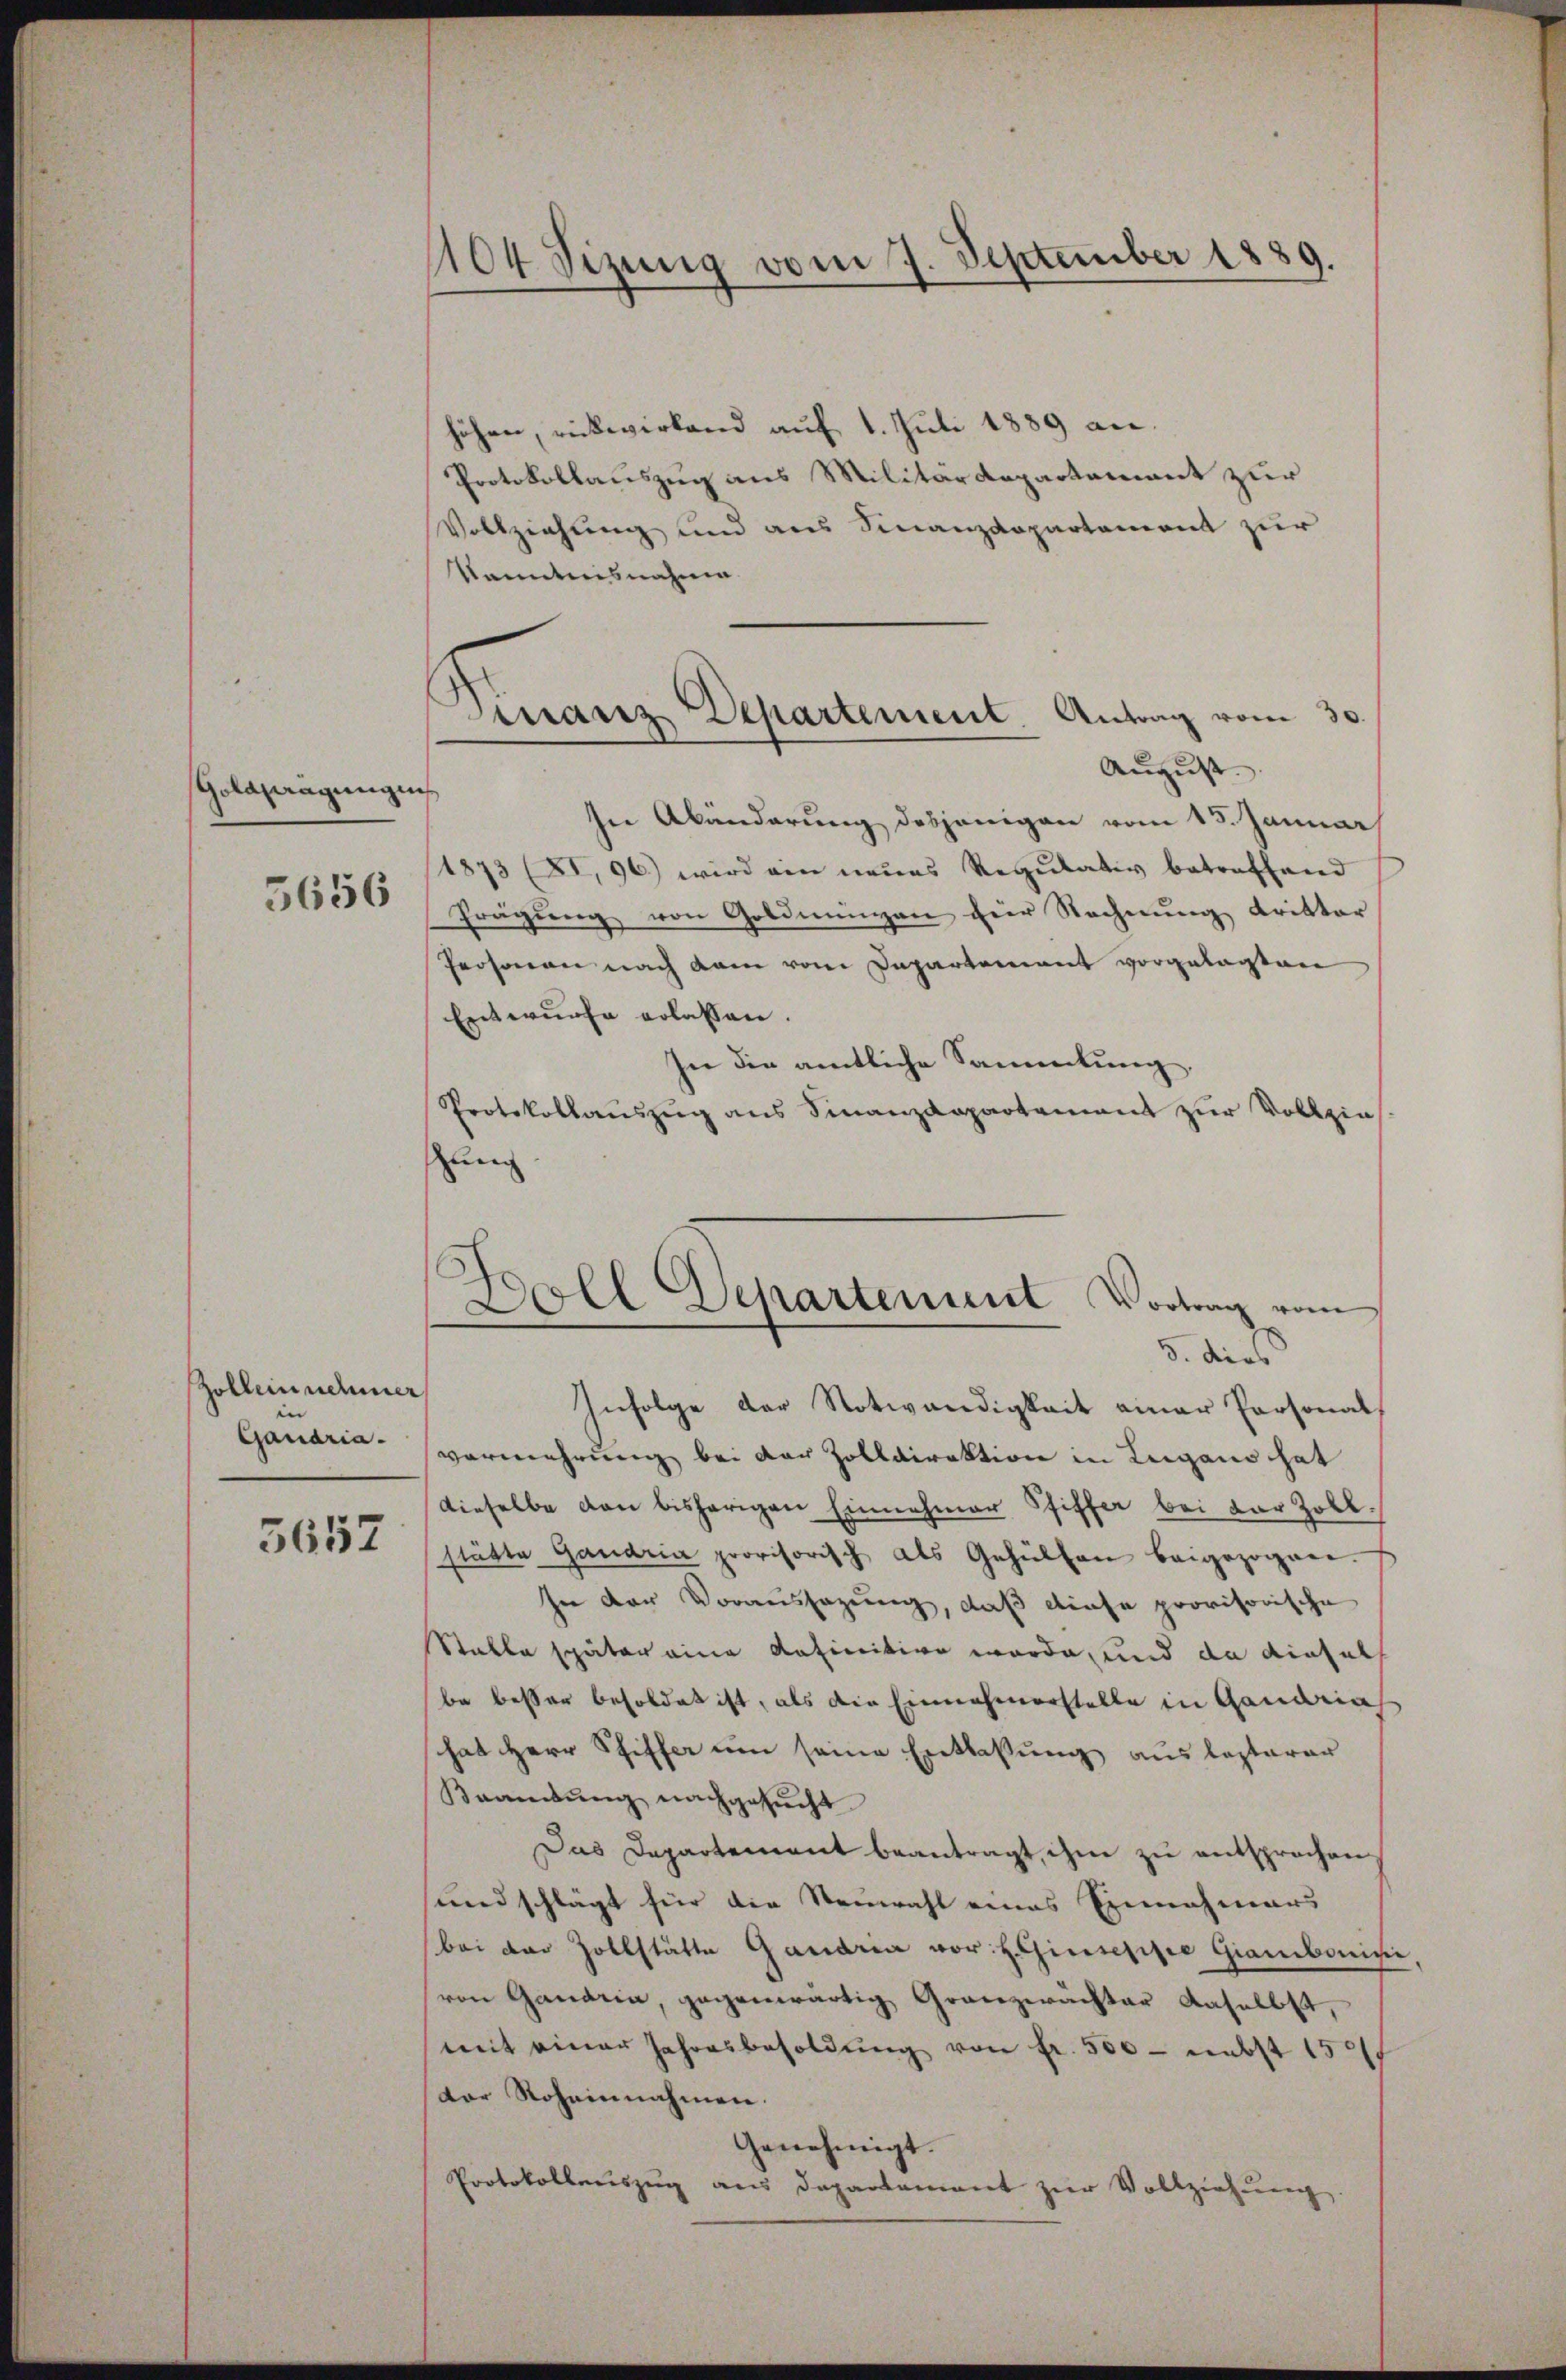
Golaftragungen
5656

Zollein nehmer
 |
Gaudria.

5652

1104 Sizung vom 7. September 1889.

Finanz Departement. Antrag vom 30.

höhen, rückwirkend auf 1. Juli 1889 an¬
Protokollauszug aus Militärdepartement zur
Vollziehung und aus Finanzdepartement zur
kanntnisnahme
August. |
In Abänderung desjenigen vom 15. Januar
1873 (XI, 96) wird ein neues Regulativ betreffend
Frägŭng von Goldmungen für Rechnŭng dritter
Prosonen nach dem vom Departement vorgelegten
Entwurfe erlassen.
In die amtliche Sammlung,
Protokollauszug aus Finanzdepartement zur Vollzie
ung
Infolge der Notwendigkeit einer Personal
vermehrung bei der Zolldirektion in Lugano hat
dieselbe von bisherigen Einnahmer Pfiffer bei der Zoll.
stätte Gandria provisorisch als Gehülfen beigezogen.
In der Voraussazung, daß diese provisorische
Stalle später eine definition werde, und da diesels
be besser besoldet ist, als die Einnahmerstelle in Gandria
hat Herr Schiffer um seine Entlassung auslasterer
Krankung nachgesucht
Das Departement beantragt, ihm zu entsprochen
sund schlägt für die Steinwahl eines Einnahmers
bei der Zollstätte Ganaria vor. h. Giuseppe Giambonis,
von Gandria, gegenwärtig Granzwächter daselbst,
mit einer Jahresbesoldŭng von fr. 500 - nebst 150
dor Roheinnahmen.
Genehmigt.
Protokollenszug aus Departament zur Vollziehung

Boll Departement Vortrag vom
3. dies